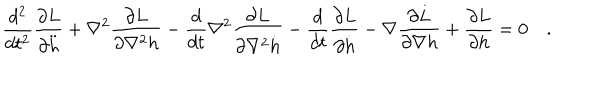
\frac { d ^ { 2 } } { d t ^ { 2 } } \frac { \partial L } { \partial \ddot { h } } + \nabla ^ { 2 } \frac { \partial L } { \partial \nabla ^ { 2 } h } - \frac { d } { d t } \nabla ^ { 2 } \frac { \partial L } { \partial \nabla ^ { 2 } \dot { h } } - \frac { d } { d t } \frac { \partial L } { \partial \dot { h } } - \nabla \frac { \partial L } { \partial \nabla h } + \frac { \partial L } { \partial h } = 0 \quad .